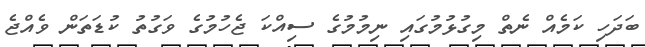
ބަދަހި ކަމެއް ނެތް މިގުޅުމުގައި ނިމުމުގެ ސިއްކަ ޖެހުމުގެ ވަގުތު ކުޑަތަން ވެއްޖެ